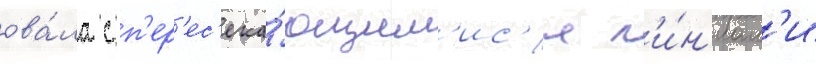
ова́ла с п'ер'ес'ека́ющим'ис'я л'и́н'иам'и